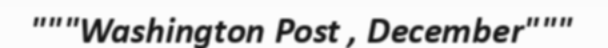
"""Washington Post , December"""